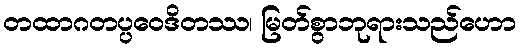
တထာဂတပ္ပဝေဒိတဿ၊ မြတ်စွာဘုရားသည်ဟော